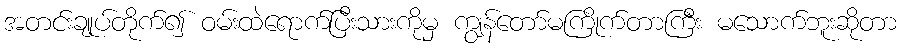
အတင်းချုပ်တိုက်၍ ဝမ်းထဲရောက်ပြီးသားကိုမှ ကျွန်တော်မကြိုက်တာကြီး မသောက်ဘူးဆိုတာ